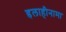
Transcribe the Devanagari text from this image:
इलाहीनामा